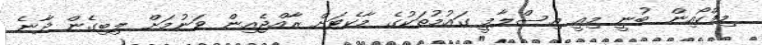
މިފްކޯއިން ބުނީ މިއީ އިސްލާމީ ގައުމުތަކުގެ މާކެޓަށް ރާއްޖެއިން ވަނުމަށް ލިބިގެން ދާނެ